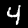
Digit: 4